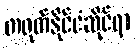
တရုတ်နိုင်ငံဆိုင်ရာ